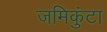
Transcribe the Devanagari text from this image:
जमिकुंटा